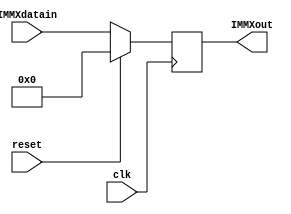
module immX (
    input wire clk,           // Seal de reloj
    input wire reset,         // Seal de reinicio
    input wire [31:0] IMMXdatain, // Entrada de datos
    output reg [31:0] IMMXout
);

always @(negedge clk) begin
    if (reset == 1) begin
        IMMXout <= 32'b00000000000000000000000000000000;
    end
    else begin
        IMMXout <= IMMXdatain;
    end
end

endmodule